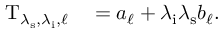
\begin{array} { r l } { \mathrm { T } _ { \lambda _ { \mathrm { s } } , \lambda _ { \mathrm { i } } , \ell } } & { { } = a _ { \ell } + \lambda _ { \mathrm { i } } \lambda _ { \mathrm { s } } b _ { \ell } . } \end{array}